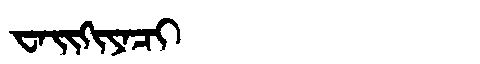
Manchu: ᠸᠠᡳᡴᡳᠶᠠᠴᡳ
Romanization: WAIKIYACI